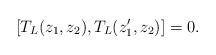
LaTeX: \begin{align*}[T_L (z_1 , z_2 ), T_L (z'_1 , z_2 )]=0. \end{align*}